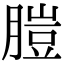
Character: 䐩